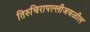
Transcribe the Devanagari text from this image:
तिरुचिरापल्लीजवळील